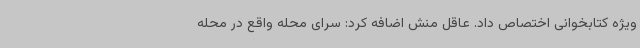
ویژه کتابخوانی اختصاص داد. عاقل منش اضافه کرد: سرای محله واقع در محله